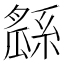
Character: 𤬖